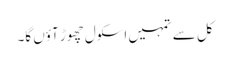
کل سے تمہیں اسکول چھوڑ آؤں گا۔